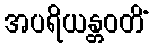
အပရိယန္တဝတိံ